Lunatic asylums Central Provinces reports 1895-1909 - 1895-1909
Year: 1895
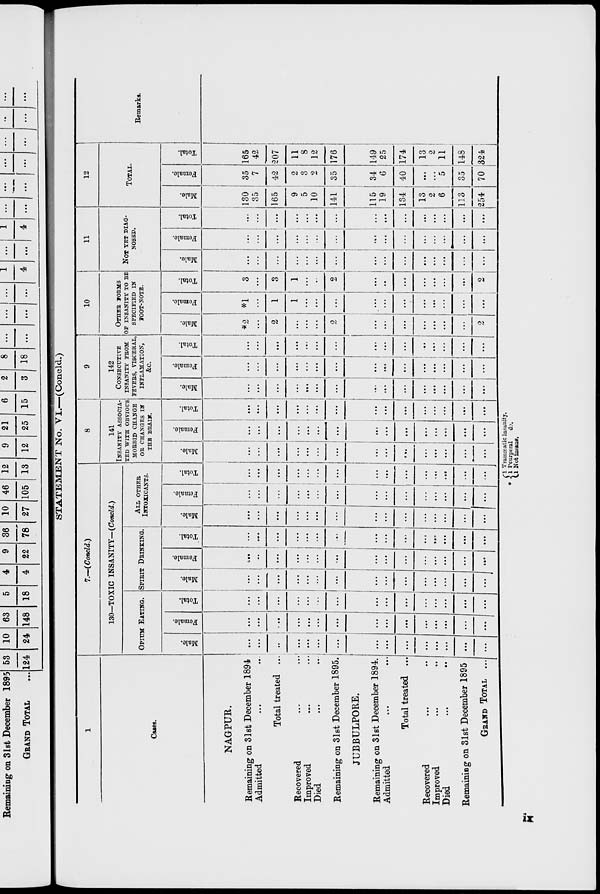
STATEMENT No. VI.—(Concld.)
1
Cases.
NAGPUR.
Remaining on 31st December 1894.
Admitted ... ...
Total treated ...
Recovered ... ...
Improved ... ...
Died ... ...
Remaining on 31st December 1895.
JUBBULPORE.
Remaining on 31st December 1894.
Admitted ... ...
Total treated ...
Recovered ... ...
Improved ... ...
Died ... ...
Remaining on 31st December 1895.
GRAND TOTAL ...
7.—(Concld.)
130—TOXIC INSANITY— (Concld.)
OPIUM EATING.
Male.
...
...
...
...
...
...
...
...
...
...
...
...
...
...
...
Female.
...
...
...
...
...
...
...
...
...
...
...
...
...
...
...
Total.
...
...
...
...
...
...
...
...
...
...
...
...
...
...
...
SPIRIT DRINKING.
Male.
...
...
...
...
...
...
...
...
...
...
...
...
...
...
...
Female.
...
...
...
...
...
...
...
...
...
...
...
...
...
...
...
Total.
...
...
...
...
...
...
...
...
...
...
...
...
...
...
...
ALL OTHER
INTOXICANTS.
Male.
...
...
...
...
...
...
...
...
...
...
...
...
...
...
Female.
...
...
...
...
...
...
...
...
...
...
...
...
...
...
...
Total.
...
...
...
...
...
...
...
...
...
...
...
...
...
...
...
8
141
INSANITY ASSOCIA-
--- WITH OBVIOUS
MORBID CHANGE
OB CHANGES IN
THE BEAIN.
Male.
...
...
...
...
...
...
...
...
...
...
...
...
...
...
...
Female.
...
...
...
...
...
....
...
...
...
...
...
...
...
...
...
Total.
...
...
...
...
...
...
...
...
...
...
...
...
...
...
...
9
142
CONSECUTIVE
INSANITY FROM
FEVERS, VISCERAL,
INFLAMATION,
&c.
Male.
...
...
...
...
...
...
...
...
...
...
...
...
...
...
...
Female.
...
...
...
...
...
...
...
...
...
...
...
...
...
...
...
Total.
...
...
...
...
...
...
...
...
...
...
....
...
...
...
...
10
OTHER FORMS
OF INSANITY TO BE
SPECIFIED IN
FOOT-NOTE.
Male.
*2
...
2
...
...
...
2
...
...
...
...
...
...
...
2
Female.
*1
...
1
1
...
...
...
...
...
...
...
...
...
...
Total.
3
...
3
1
...
...
2
...
..
...
...
...
...
...
2
11
NOT YET DIAG-
NOSED.
Male.
...
...
...
...
...
...
...
...
...
...
...
...
...
...
Female.
...
...
...
...
...
...
...
...
...
...
...
...
...
...
...
Total.
...
...
...
...
...
...
...
...
...
...
...
...
...
...
...
12
TOTAL.
Male.
130
35
165
9
5
10
141
115
19
134
13
2
6
113
254
Female.
35
7
42
2
3
2
35
34
6
40
...
...
5
35
70
Total.
165
42
207
11
8
12
176
149
25
174
13
2
11
148
324
Remarks.
* 1 Trammatic insanity.
1 Peurperal
do.
1 Not insane.
ix